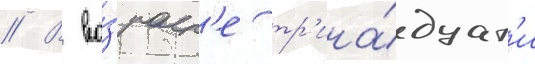
// В во́зраст'е тр'ина́дцат'и